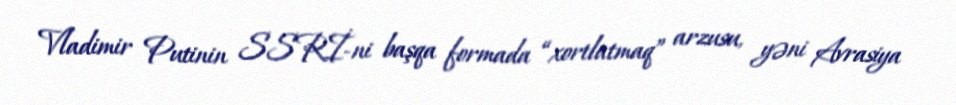
Vladimir Putinin SSRİ-ni başqa formada “xortlatmaq” arzusu, yəni Avrasiya